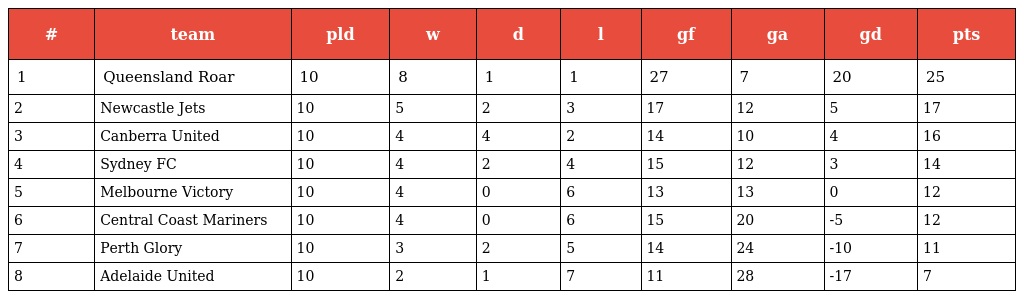
| # | team | pld | w | d | l | gf | ga | gd | pts |
 | --- | --- | --- | --- | --- | --- | --- | --- | --- | --- |
 | 1 | Queensland Roar | 10 | 8 | 1 | 1 | 27 | 7 | 20 | 25 |
 | 2 | Newcastle Jets | 10 | 5 | 2 | 3 | 17 | 12 | 5 | 17 |
 | 3 | Canberra United | 10 | 4 | 4 | 2 | 14 | 10 | 4 | 16 |
 | 4 | Sydney FC | 10 | 4 | 2 | 4 | 15 | 12 | 3 | 14 |
 | 5 | Melbourne Victory | 10 | 4 | 0 | 6 | 13 | 13 | 0 | 12 |
 | 6 | Central Coast Mariners | 10 | 4 | 0 | 6 | 15 | 20 | -5 | 12 |
 | 7 | Perth Glory | 10 | 3 | 2 | 5 | 14 | 24 | -10 | 11 |
 | 8 | Adelaide United | 10 | 2 | 1 | 7 | 11 | 28 | -17 | 7 |